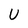
Character: U